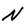
Character: N